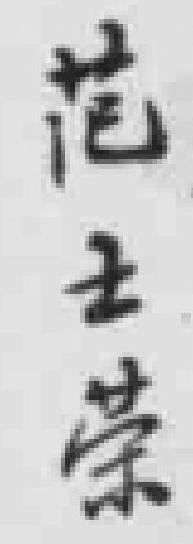
花士荣